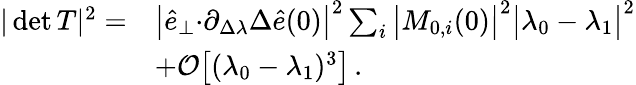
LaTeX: \begin{array}{rl}{\vert\operatorname*{det}T\vert^{2}=}&{{\big\vert\hat{e}_{\perp}{\cdot}\partial_{\Delta\lambda}\Delta\hat{e}(0)\big\vert^{2}\sum_{i}\big\vert M_{0,i}(0)\big\vert^{2}}\big\vert\lambda_{0}-\lambda_{1}\big\vert^{2}}\\ &{+\mathcal{O}\big[(\lambda_{0}-\lambda_{1})^{3}\big]\, .}\end{array}